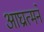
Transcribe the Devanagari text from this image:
आघ्रात्मने